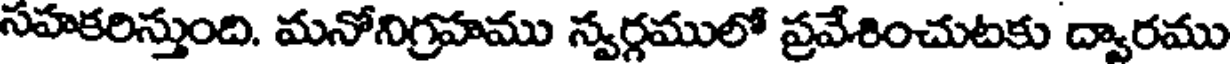
సహకరిస్తుంది. మనోనిగ్రహము న్వర్గములో ప్రవేశించుటకు ద్వారము